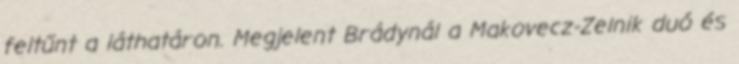
fel­tűnt a láthatáron. Megjelent Brádynál a Makovecz-Zelnik duó és